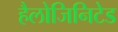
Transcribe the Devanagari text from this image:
हैलोजिनिटेड